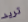
تريد